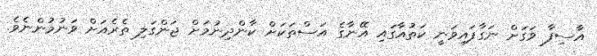
އާސިފާ ވަގަށް ނަގާފައިވަނީ ކަތުއާގައި އޭނާގެ އަސްތަކަށް ކާންދިނުމަށް ޖަންގަލި ތެރެއަށް ވަނުމުންނެވެ.